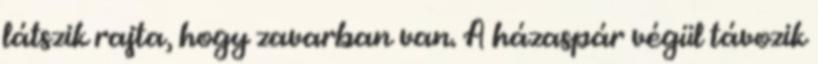
látszik rajta, hogy zavarban van. A házaspár végül távozik